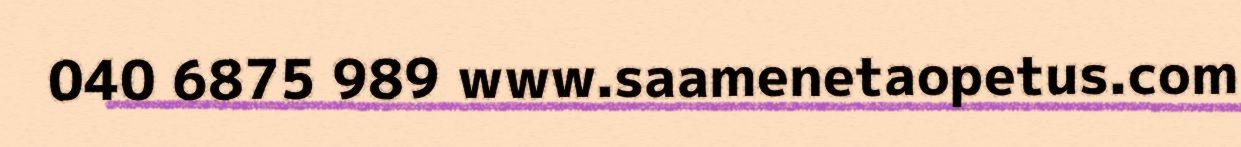
040 6875 989 www.saamenetaopetus.com